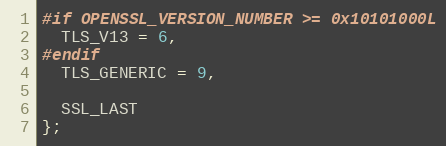
Language: C
#if OPENSSL_VERSION_NUMBER >= 0x10101000L
  TLS_V13 = 6,
#endif
  TLS_GENERIC = 9,

  SSL_LAST
};